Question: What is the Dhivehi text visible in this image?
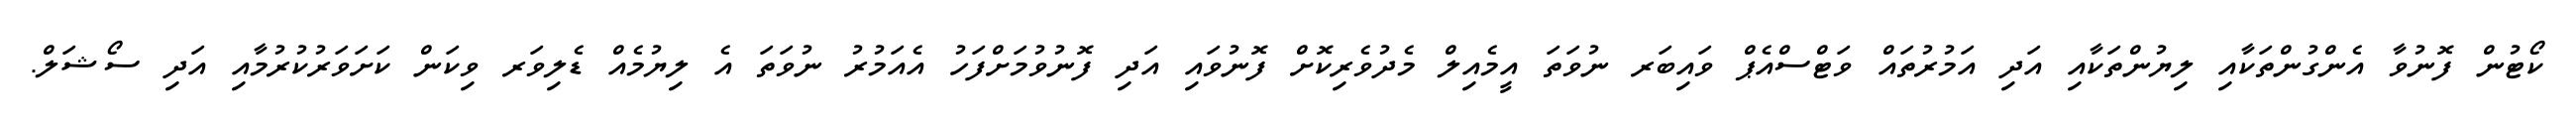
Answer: ކޯޓުން ފޮނުވާ އެންގުންތަކާއި ލިޔުންތަކާއި އަދި އަމުރުތައް ވަޓްސްއެޕް ވައިބަރ ނުވަތަ އީމެއިލް މެދުވެރިކޮށް ފޮނުވައި އަދި ފޮނުވުމަށްފަހު އެއަމުރު ނުވަތަ އެ ލިޔުމެއް ޑެލިވަރ ވިކަން ކަށަވަރުކުރުމާއި އަދި ސޯޝަލް.